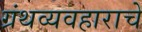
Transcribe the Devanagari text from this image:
ग्रंथव्यवहाराचे